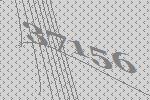
37156